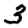
Digit: 3